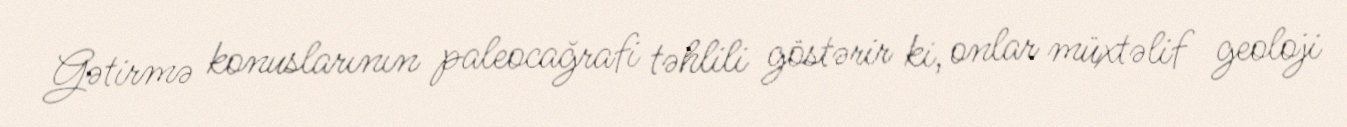
Gətirmə konuslarının paleocağrafi təhlili göstərir ki, onlar müxtəlif geoloji